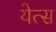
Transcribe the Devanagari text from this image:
येत्स